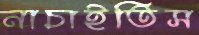
নাচাইতিস